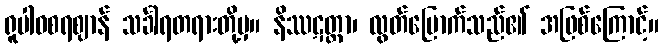
ရူပါဝစရဈာန် သင်္ခါရတရားတို့မှ။ နိဿဋတ္တာ၊ လွတ်မြောက်သည်၏ အဖြစ်ကြောင့်။